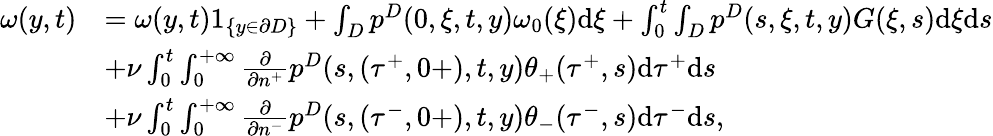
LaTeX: \begin{array}{rl}{\omega(y,t)}&{=\omega(y,t)1_{\{ y\in\partial D\} }+\int_{D}p^{D}(0,\xi,t,y)\omega_{0}(\xi)\textrm{d}\xi+\int_{0}^{t}\int_{D}p^{D}(s,\xi,t,y)G(\xi,s)\textrm{d}\xi\textrm{d}s}\\ &{+\nu\int_{0}^{t}\int_{0}^{+\infty}\frac{\partial}{\partial n^{+}}p^{D}(s,(\tau^{+},0+),t,y)\theta_{+}(\tau^{+},s)\textrm{d}\tau^{+}\textrm{d}s}\\ &{+\nu\int_{0}^{t}\int_{0}^{+\infty}\frac{\partial}{\partial n^{-}}p^{D}(s,(\tau^{-},0+),t,y)\theta_{-}(\tau^{-},s)\textrm{d}\tau^{-}\textrm{d}s,}\end{array}